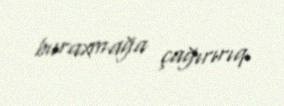
buraxmağa çağırırıq.